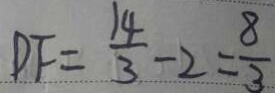
D F = \frac { 1 4 } { 3 } - 2 = \frac { 8 } { 3 }